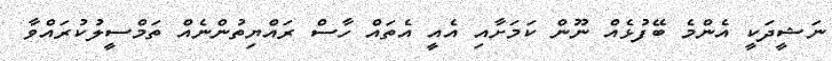
ނަޝީދަކީ އެންމެ ބޭފުޅެއް ނޫން ކަމަށާއި އެއީ އެތައް ހާސް ރައްޔިތުންނެއް ތަމްސީލުކުރައްވާ